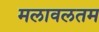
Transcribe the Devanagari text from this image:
मलावलतम